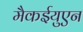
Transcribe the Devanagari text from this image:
मैकईयुएन